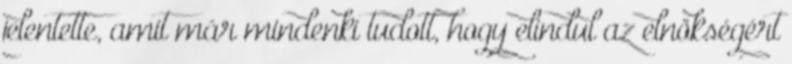
jelentette, amit már mindenki tudott, hogy elindul az elnökségért